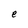
Character: e